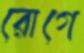
রোগে